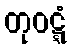
တုဝဋ္ဋံ